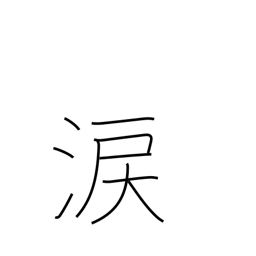
Meaning: sympathy